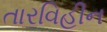
તારવિહીન